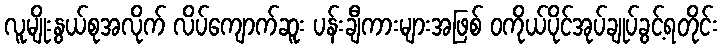
လူမျိုးနွယ်စုအလိုက် လိပ်ကျောက်ဆူး ပန်းချီကားများအဖြစ် ဝကိုယ်ပိုင်အုပ်ချုပ်ခွင့်ရတိုင်း